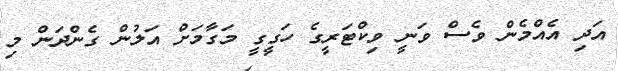
އަދި އެއްމެން ވެސް ވަނީ ވިކްޓަރީގެ ހަގީގީ މަގާމަށް އަލުން ގެންދަން މި